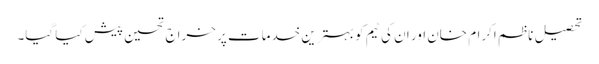
تحصیل ناظم اکرام خان اور ان کی ٹیم کو بہترین خدمات پر خراج تحسین پیش کیا گیا۔